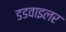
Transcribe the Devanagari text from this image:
डडवाइलर